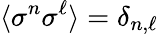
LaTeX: \langle\sigma^{n}\sigma^{\ell}\rangle=\delta_{n,\ell}